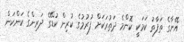
އޭނާގެ ތަފާތު ކަމަކީ ކޮންމެ ދަތުރަކަށް ފުރުމުގެ ކުރިން ކުޑޭގެ ދަރިންގެ ކަންކަން